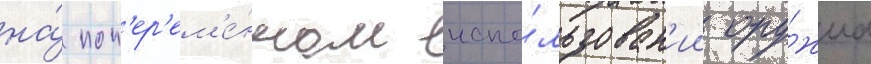
на́ поп'ер'ем'е́нном испо́льзован'ии ору́жиа